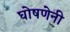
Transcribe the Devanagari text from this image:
घोषणेनी